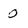
Character: 0